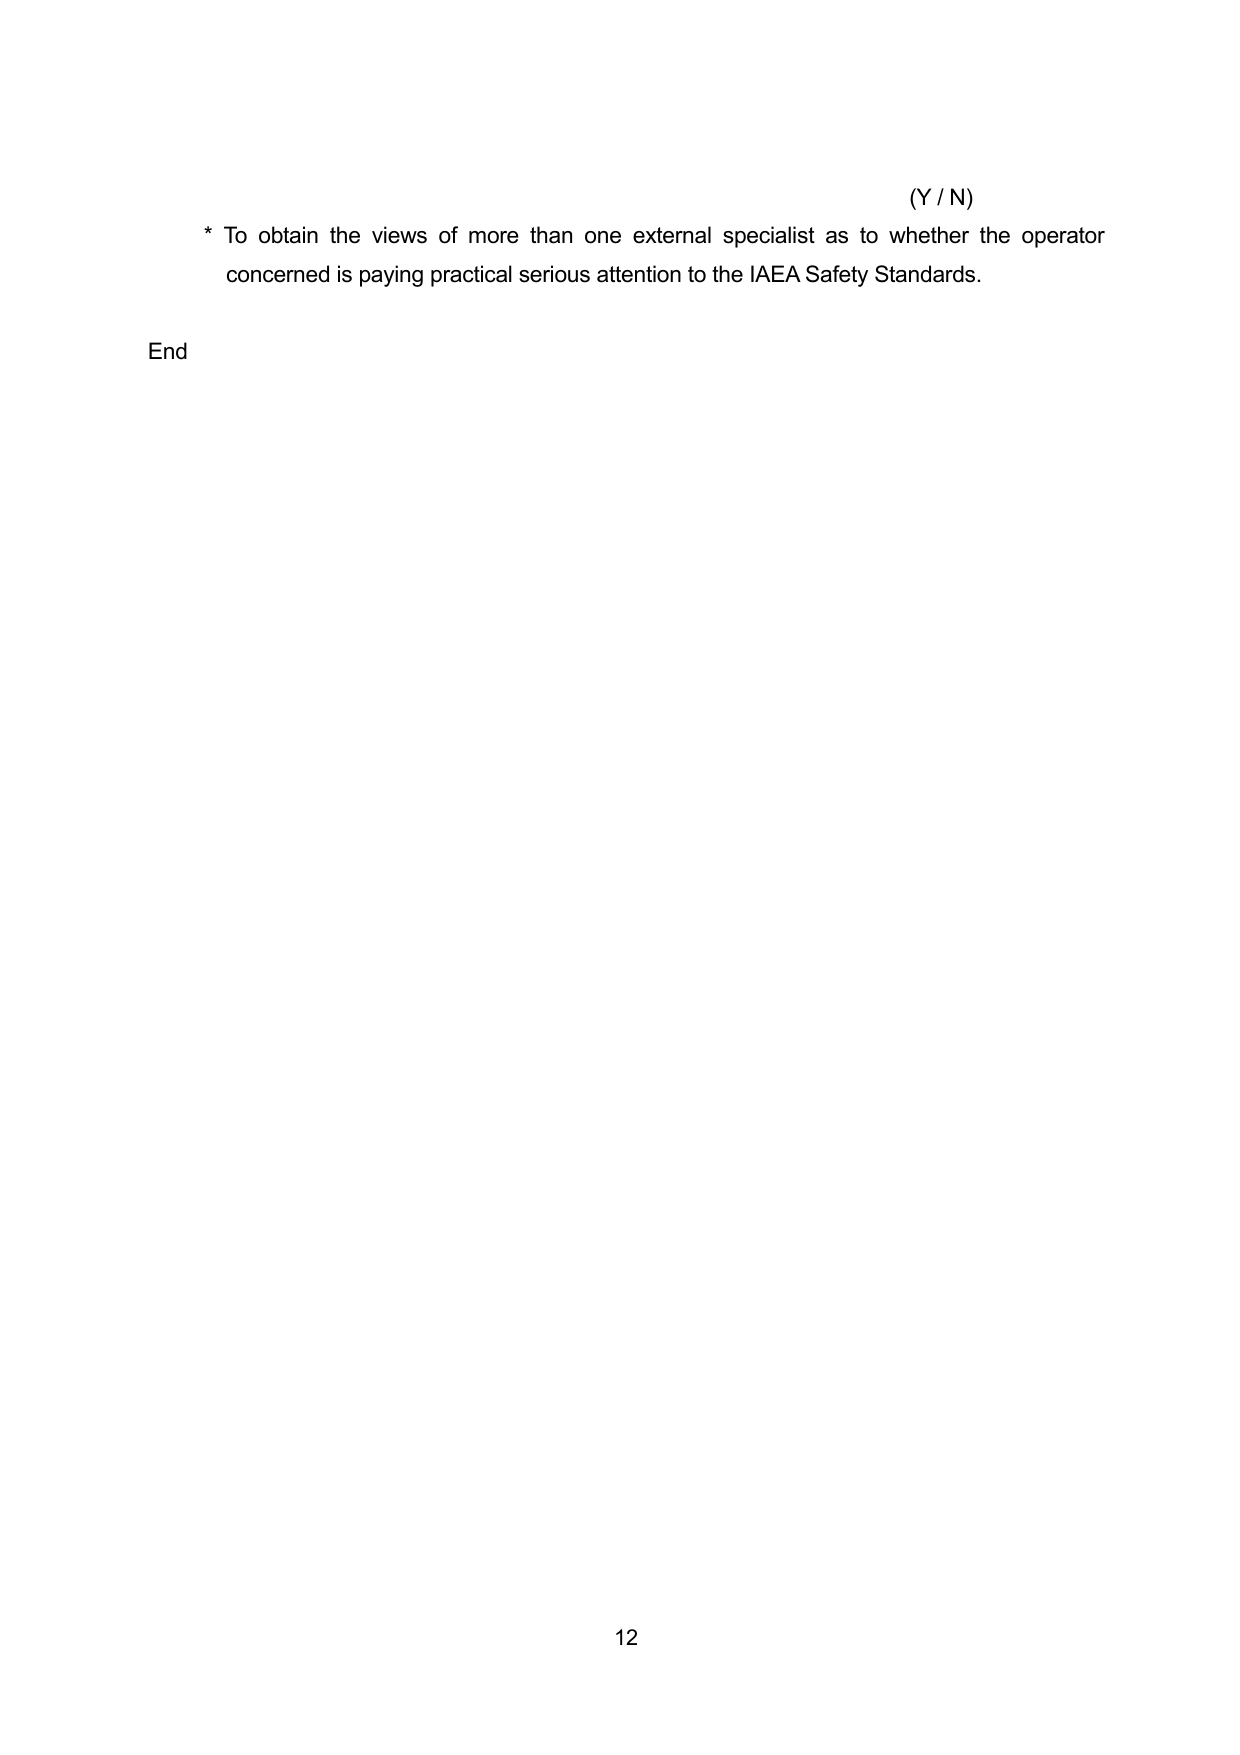
(Y / N)
* To obtain the views of more than one external specialist as to whether the operator concerned is paying practical serious attention to the IAEA Safety Standards.
End
12